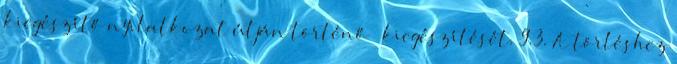
kiegészítő nyilatkozat útján történő – kiegészítését. 9.3. A törléshez